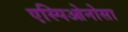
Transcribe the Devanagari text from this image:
एस्पिओनोसा